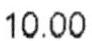
10.00